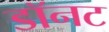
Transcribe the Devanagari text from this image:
डॉनट